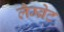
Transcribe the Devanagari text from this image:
लैम्ब्रेट